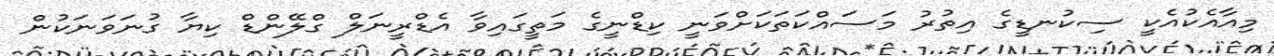
މިއާއެކުއެކީ ސިކުނޑީގެ އިތުރު މަސައްކަތަކަށްވަނީ ކިޑްނީގެ މަތީގައިވާ އެޑްރީނަލް ގްލޭންޑް ކިޔާ ގުނަވަނަކުން